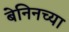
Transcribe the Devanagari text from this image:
बेनिनच्या